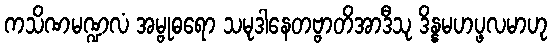
ကသိဏမဏ္ဍလံ အမ္ဗုဓရော သမုဒါနေတဗ္ဗာတိအာဒီသု ဒိန္နမဟပ္ဖလမာဟု